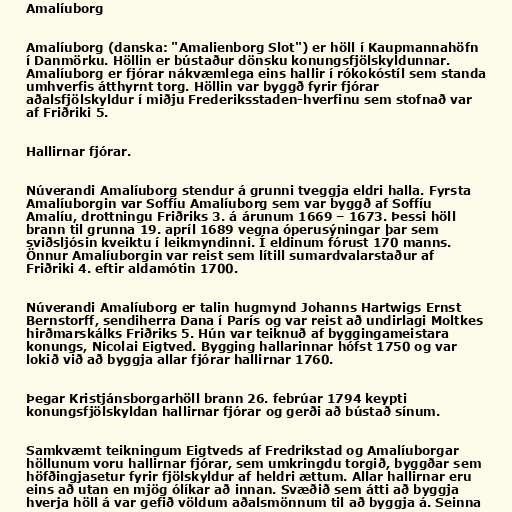
Amalíuborg

Amalíuborg (danska: "Amalienborg Slot") er höll í Kaupmannahöfn
í Danmörku. Höllin er bústaður dönsku konungsfjölskyldunnar.
Amalíuborg er fjórar nákvæmlega eins hallir í rókokóstíl sem standa
umhverfis átthyrnt torg. Höllin var byggð fyrir fjórar
aðalsfjölskyldur í miðju Frederiksstaden-hverfinu sem stofnað var
af Friðriki 5.

Hallirnar fjórar.

Núverandi Amalíuborg stendur á grunni tveggja eldri halla. Fyrsta
Amalíuborgin var Soffíu Amalíuborg sem var byggð af Soffíu
Amalíu, drottningu Friðriks 3. á árunum 1669 – 1673. Þessi höll
brann til grunna 19. apríl 1689 vegna óperusýningar þar sem
sviðsljósin kveiktu í leikmyndinni. Í eldinum fórust 170 manns.
Önnur Amalíuborgin var reist sem lítill sumardvalarstaður af
Friðriki 4. eftir aldamótin 1700.

Núverandi Amalíuborg er talin hugmynd Johanns Hartwigs Ernst
Bernstorff, sendiherra Dana í París og var reist að undirlagi Moltkes
hirðmarskálks Friðriks 5. Hún var teiknuð af byggingameistara
konungs, Nicolai Eigtved. Bygging hallarinnar hófst 1750 og var
lokið við að byggja allar fjórar hallirnar 1760.

Þegar Kristjánsborgarhöll brann 26. febrúar 1794 keypti
konungsfjölskyldan hallirnar fjórar og gerði að bústað sínum.

Samkvæmt teikningum Eigtveds af Fredrikstad og Amalíuborgar
höllunum voru hallirnar fjórar, sem umkringdu torgið, byggðar sem
höfðingjasetur fyrir fjölskyldur af heldri ættum. Allar hallirnar eru
eins að utan en mjög ólíkar að innan. Svæðið sem átti að byggja
hverja höll á var gefið völdum aðalsmönnum til að byggja á. Seinna